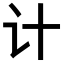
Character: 计